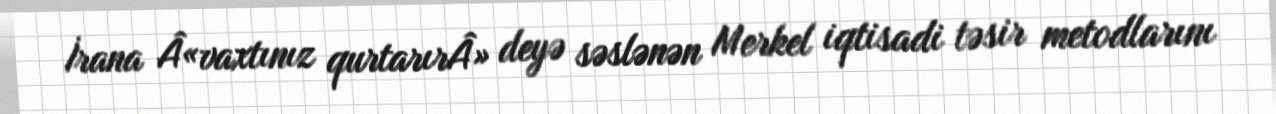
İrana Â«vaxtınız qurtarırÂ» deyə səslənən Merkel iqtisadi təsir metodlarını